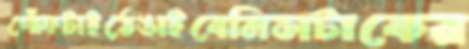
গোঁফটাইঠেঙাইবেমিসটাকের